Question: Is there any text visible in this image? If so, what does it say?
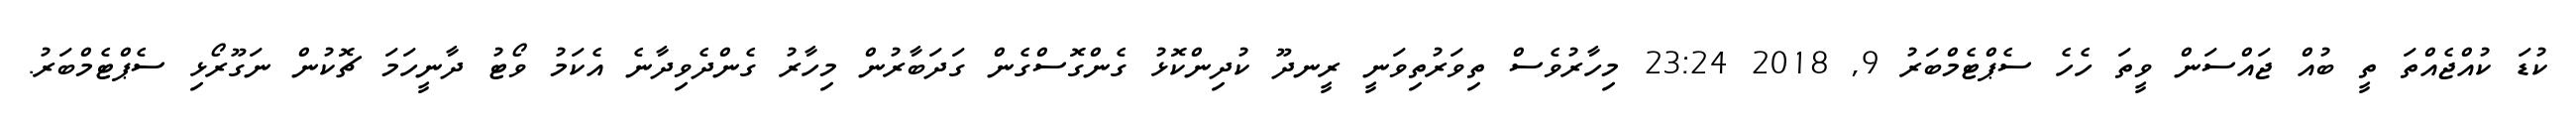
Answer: ކުޑަ ކުއްޖެއްތަ ތީ ބުއް ޖައްސަން ވީތަ ހެހެ ސެޕްޓެމްބަރު 9, 2018 23:24 މިހާރުވެސް ތިވަރުތިވަނީ ރީނދޫ ކުދިންކޮޅު ގެންގޮސްގެން ގަދަބާރުން މިހާރު ގެންދެވިދާނެ އެކަމު ވޯޓު ދާނީހަމަ ޗޮކުން ނަގޫރޯޅި ސެޕްޓެމްބަރު.